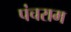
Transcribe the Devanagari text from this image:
पंचराम